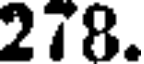
278.